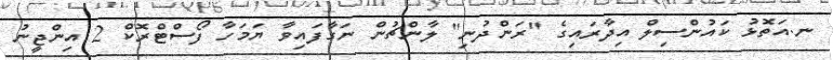
ނ.އަތޮޅު ކައުންސިލް އިދާރައިގެ "ރަންދުނި" ލާންޗުން ނަގާފައިވާ ޔަމަހާ ފޯސްޓްރޮކް 2 އިންޖީނު